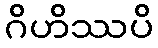
ဂိဟိဿပိ